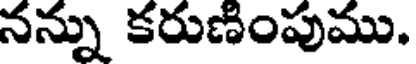
నన్ను కరుణింపుము.